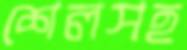
শেলসহ